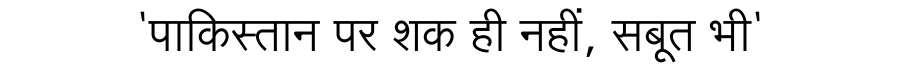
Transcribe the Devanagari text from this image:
'पाकिस्तान पर शक ही नहीं, सबूत भी'